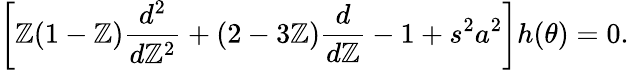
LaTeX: \left[\mathbb{Z}(1-\mathbb{Z})\frac{{d^{2}}}{{d\mathbb{Z}^{2}}}+(2-3\mathbb{Z})\frac{{d}}{{d\mathbb{Z}}}-1+s^{2}a^{2}\right]h(\theta)=0.